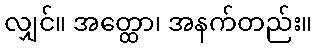
လျှင်။ အတ္ထော၊ အနက်တည်း။